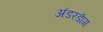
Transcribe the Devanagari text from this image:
अंडरडाॅग